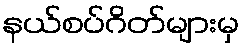
နယ်စပ်ဂိတ်များမှ